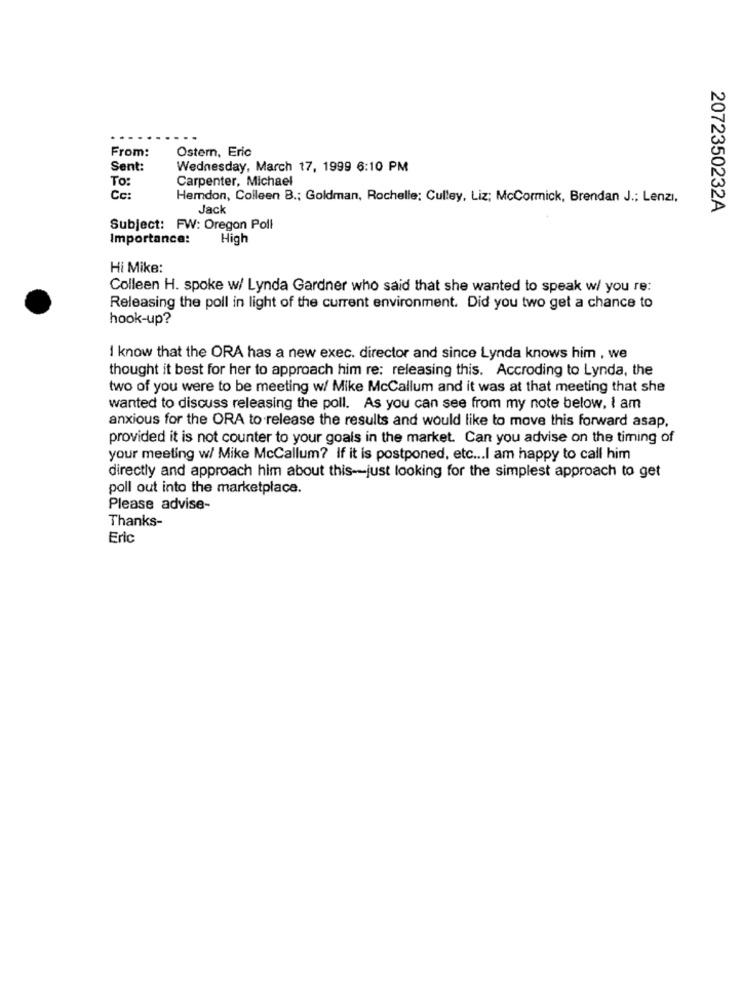
From:
Ostern, Eric
Sent:
Wednesday, March 17, 1999 6:10 PM
To:
Carpenter, Michael
Cc:
Hemdon, Colleen B .; Goldman, Rochelle; Culley, Liz; McCormick, Brendan J .; Lenzi,
Jack
2072350232A
Subject: FW: Oregon Poll
Importance:
High
Hi Mike:
Colleen H. spoke w/ Lynda Gardner who said that she wanted to speak w/ you re:
Releasing the poll in light of the current environment. Did you two get a chance to
hook-up?
I know that the ORA has a new exec. director and since Lynda knows him , we
thought it best for her to approach him re: releasing this. Accroding to Lynda, the
two of you were to be meeting w/ Mike McCallum and it was at that meeting that she
wanted to discuss releasing the poll. As you can see from my note below, i am
anxious for the ORA to release the results and would like to move this forward asap,
provided it is not counter to your goals in the market. Can you advise on the timing of
your meeting w/ Mike McCallum? If it is postponed, etc ... I am happy to call him
directly and approach him about this -- just looking for the simplest approach to get
poll out into the marketplace.
Please advise-
Thanks-
Eric